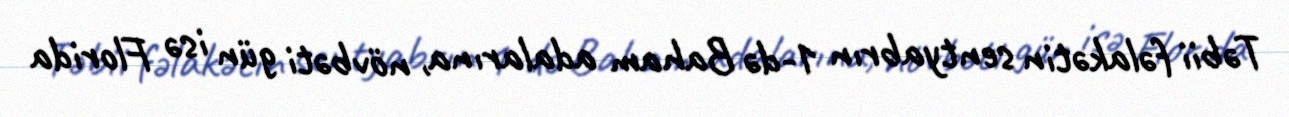
Təbii fəlakətin sentyabrın 1-də Baham adalarına, növbəti gün isə Florida